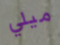
ميلي